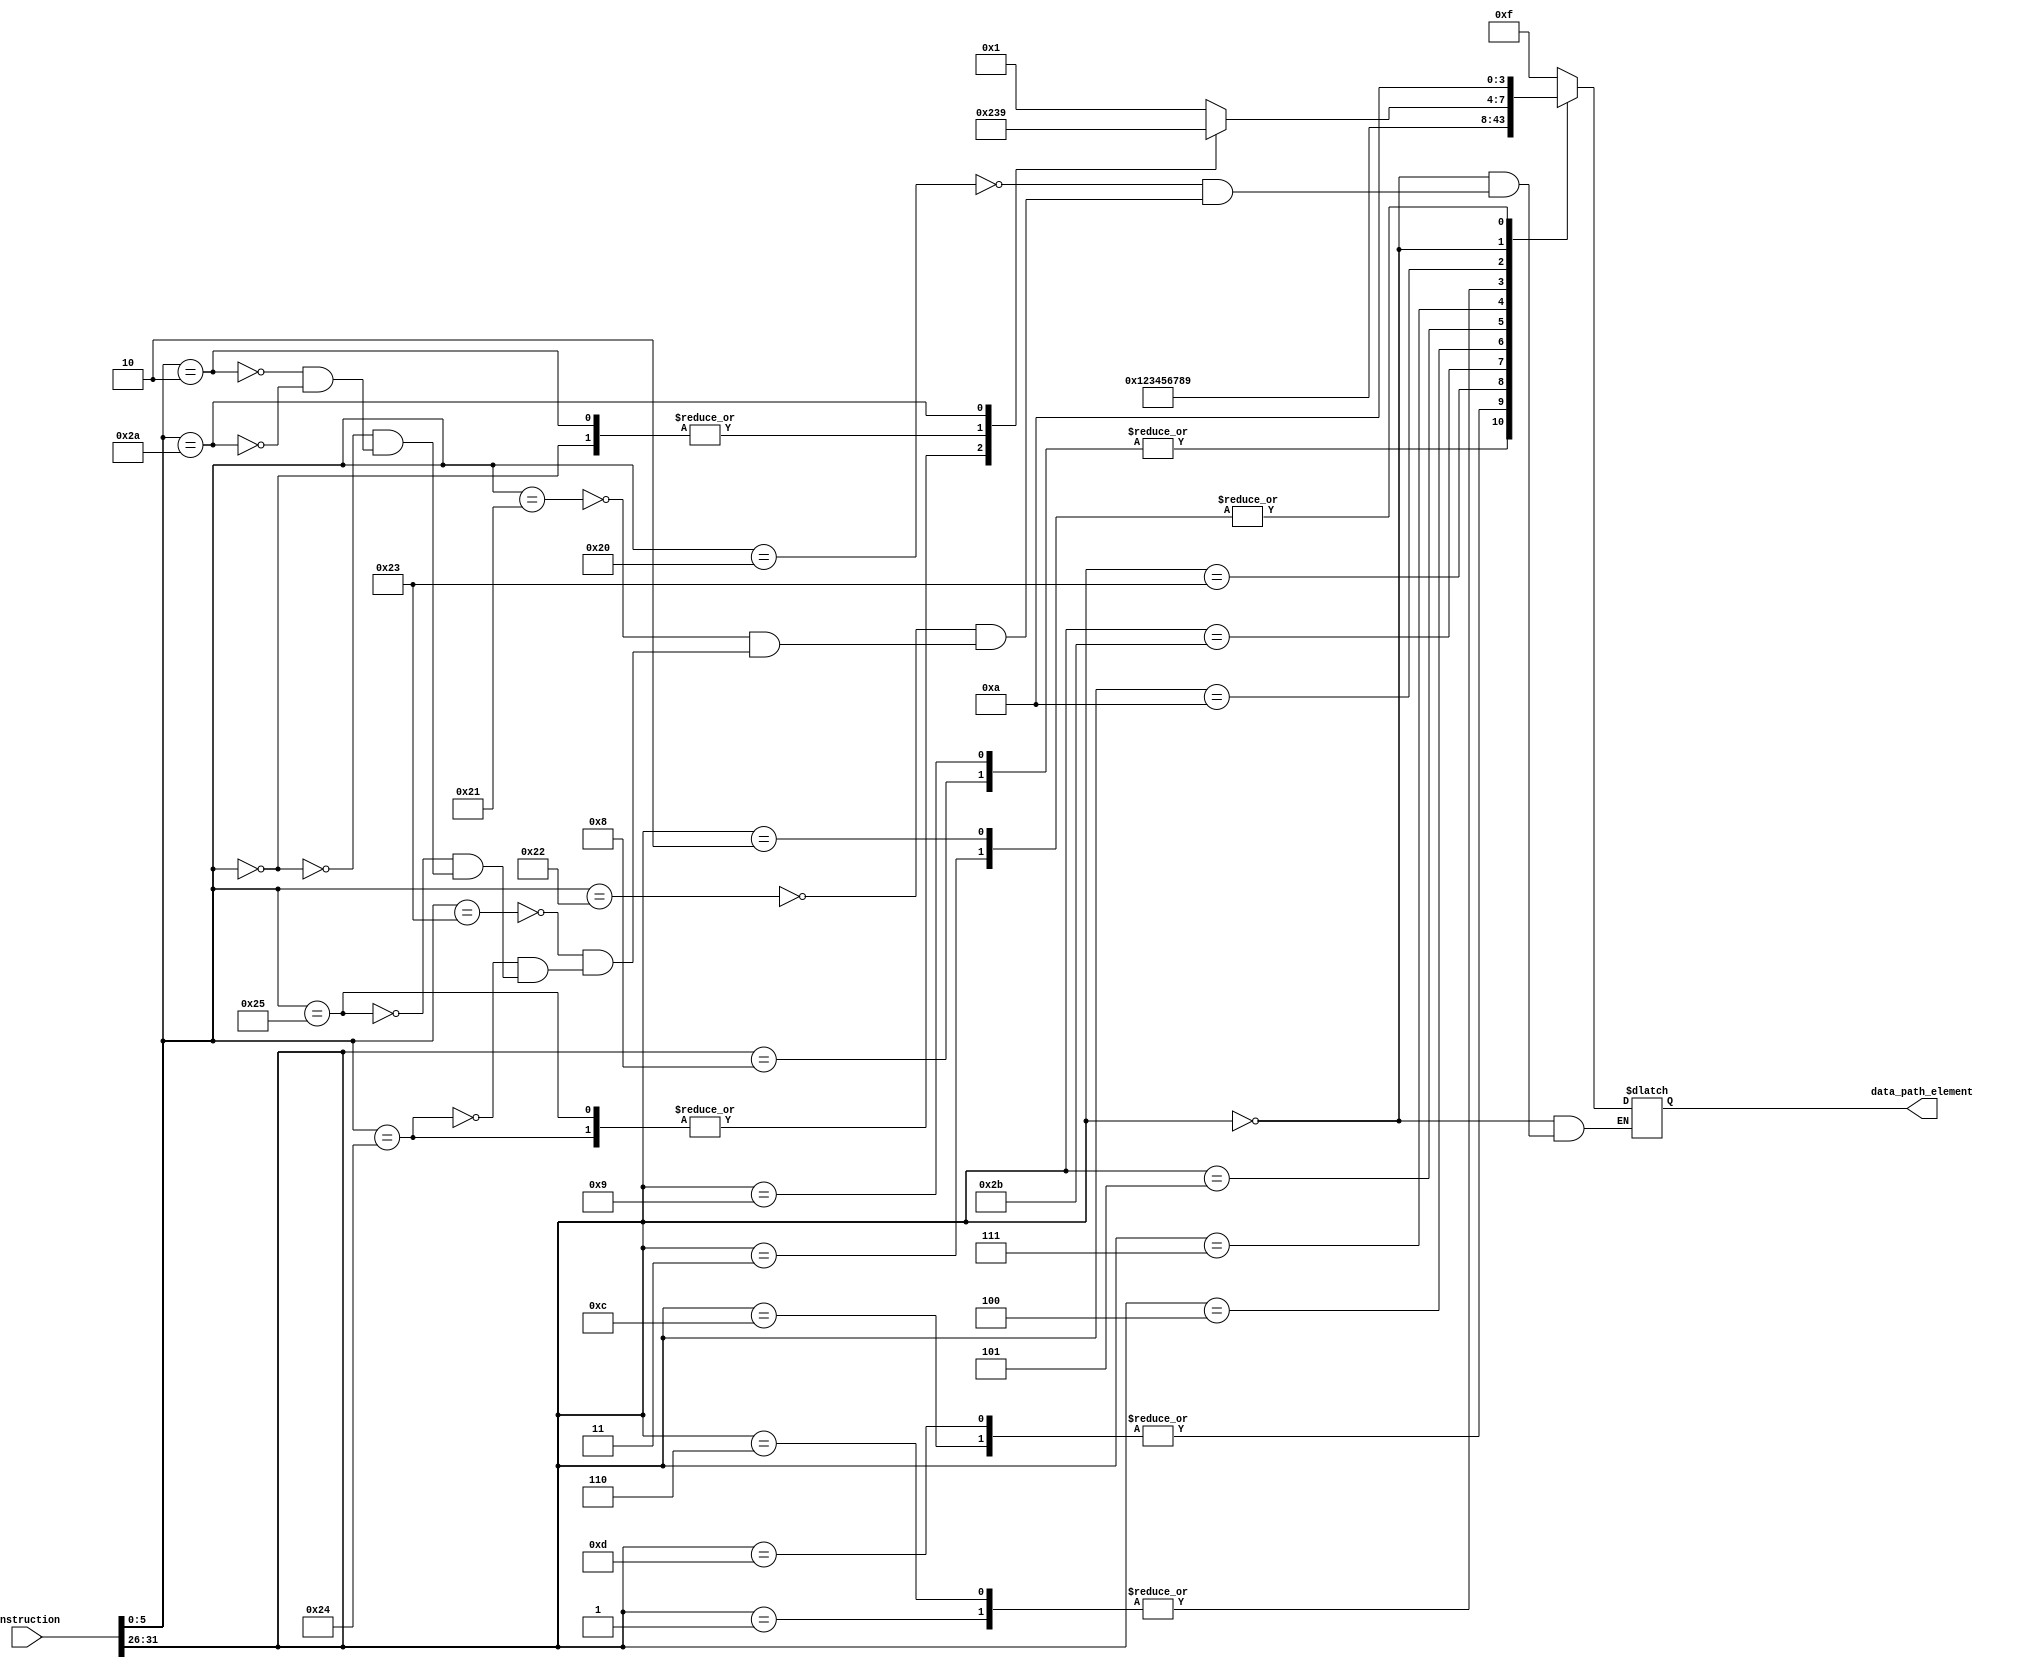
module instruction_decode(
  input [31:0] instruction,
  output [3:0] data_path_element
);

  // extract opcode from instruction
  wire [5:0] opcode = instruction[31:26];

  // extract function code from R-type instructions
  wire [5:0] funct = instruction[5:0];

  // determine data path element based on opcode and funct
  always @(*) begin
    case (opcode)
      // I-type instructions
      6'b001000: data_path_element = 4'b0001; // addi
      6'b001001: data_path_element = 4'b0001; // addiu
      6'b001100: data_path_element = 4'b0010; // andi
      6'b001101: data_path_element = 4'b0010; // ori
      6'b100011: data_path_element = 4'b0011; // lw
      6'b101011: data_path_element = 4'b0100; // sw
      6'b000100: data_path_element = 4'b0101; // beq
      6'b000101: data_path_element = 4'b0110; // bne
      6'b000111: data_path_element = 4'b0111; // bgt
      6'b000001: data_path_element = 4'b1000; // bgte/ble
      6'b000110: data_path_element = 4'b1000; // bleq
      6'b001010: data_path_element = 4'b1001; // slti
      // R-type instructions
      6'b000000: case (funct)
                  6'b100000: data_path_element = 4'b0001; // add
                  6'b100010: data_path_element = 4'b0001; // sub
                  6'b100001: data_path_element = 4'b0001; // addu
                  6'b100011: data_path_element = 4'b0001; // subu
                  6'b100100: data_path_element = 4'b0010; // and
                  6'b100101: data_path_element = 4'b0010; // or
                  6'b000000: data_path_element = 4'b0011; // sll
                  6'b000010: data_path_element = 4'b0011; // srl
                  6'b101010: data_path_element = 4'b1001; // slt
                endcase
      // J-type instructions (not included in the case statement because they have a unique format)
      6'b000010, 6'b001000, 6'b000011: data_path_element = 4'b1010; // j, jr, jal
      default: data_path_element = 4'b1111; // unknown opcode
    endcase
  end

endmodule